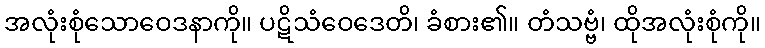
အလုံးစုံသောဝေဒနာကို။ ပဋိသံဝေဒေတိ၊ ခံစား၏။ တံသဗ္ဗံ၊ ထိုအလုံးစုံကို။